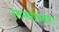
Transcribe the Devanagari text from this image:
स्तनपानकरा